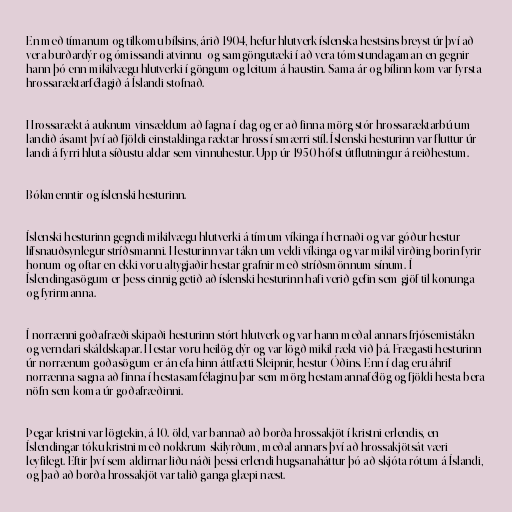
En með tímanum og tilkomu bílsins, árið 1904, hefur hlutverk íslenska hestsins breyst úr því að
vera burðardýr og ómissandi atvinnu- og samgöngutæki í að vera tómstundagaman en gegnir
hann þó enn mikilvægu hlutverki í göngum og leitum á haustin. Sama ár og bílinn kom var fyrsta
hrossaræktarfélagið á Íslandi stofnað.

Hrossarækt á auknum vinsældum að fagna í dag og er að finna mörg stór hrossaræktarbú um
landið ásamt því að fjöldi einstaklinga ræktar hross í smærri stíl. Íslenski hesturinn var fluttur úr
landi á fyrri hluta síðustu aldar sem vinnuhestur. Upp úr 1950 hófst útflutningur á reiðhestum.

Bókmenntir og íslenski hesturinn.

Íslenski hesturinn gegndi mikilvægu hlutverki á tímum víkinga í hernaði og var góður hestur
lífsnauðsynlegur stríðsmanni. Hesturinn var tákn um veldi víkinga og var mikil virðing borin fyrir
honum og oftar en ekki voru altygjaðir hestar grafnir með stríðsmönnum sínum. Í
Íslendingasögum er þess einnig getið að íslenski hesturinn hafi verið gefin sem gjöf til konunga
og fyrirmanna.

Í norrænni goðafræði skipaði hesturinn stórt hlutverk og var hann meðal annars frjósemistákn
og verndari skáldskapar. Hestar voru heilög dýr og var lögð mikil rækt við þá. Frægasti hesturinn
úr norrænum goðasögum er án efa hinn áttfætti Sleipnir, hestur Óðins. Enn í dag eru áhrif
norrænna sagna að finna í hestasamfélaginu þar sem mörg hestamannafélög og fjöldi hesta bera
nöfn sem koma úr goðafræðinni.

Þegar kristni var lögtekin, á 10. öld, var bannað að borða hrossakjöt í kristni erlendis, en
Íslendingar tóku kristni með nokkrum skilyrðum, meðal annars því að hrossakjötsát væri
leyfilegt. Eftir því sem aldirnar liðu náði þessi erlendi hugsanaháttur þó að skjóta rótum á Íslandi,
og það að borða hrossakjöt var talið ganga glæpi næst.